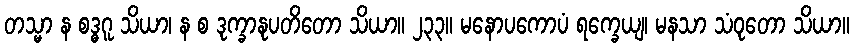
တသ္မာ န စဒ္ဓဂူ သိယာ၊ န စ ဒုက္ခာနုပတိတော သိယာ။ ၂၃၃။ မနောပကောပံ ရက္ခေယျ၊ မနသာ သံဝုတော သိယာ။